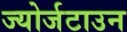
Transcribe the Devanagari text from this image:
ज्योर्जटाउन